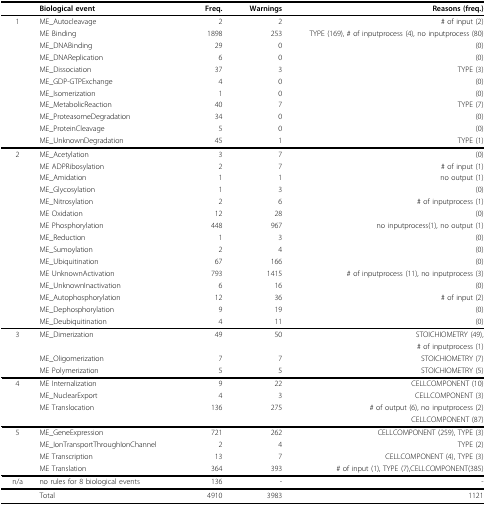
<table><thead><tr><td></td><td><b>Biological event</b></td><td><b>Freq.</b></td><td><b>Warnings</b></td><td><b>Reasons (freq.)</b></td></tr></thead><tbody><tr><td>1</td><td>ME_Autocleavage</td><td>2</td><td>2</td><td># of input (2)</td></tr><tr><td></td><td>ME Binding</td><td>1898</td><td>253</td><td>TYPE (169), # of inputprocess (4), no inputprocess (80)</td></tr><tr><td></td><td>ME_DNABinding</td><td>29</td><td>0</td><td>(0)</td></tr><tr><td></td><td>ME_DNAReplication</td><td>6</td><td>0</td><td>(0)</td></tr><tr><td></td><td>ME_Dissociation</td><td>37</td><td>3</td><td>TYPE (3)</td></tr><tr><td></td><td>ME_GDP-GTPExchange</td><td>4</td><td>0</td><td>(0)</td></tr><tr><td></td><td>ME_Isomerization</td><td>1</td><td>0</td><td>(0)</td></tr><tr><td></td><td>ME_MetabolicReaction</td><td>40</td><td>7</td><td>TYPE (7)</td></tr><tr><td></td><td>ME_ProteasomeDegradation</td><td>34</td><td>0</td><td>(0)</td></tr><tr><td></td><td>ME_ProteinCleavage</td><td>5</td><td>0</td><td>(0)</td></tr><tr><td></td><td>ME_UnknownDegradation</td><td>45</td><td>1</td><td>TYPE (1)</td></tr><tr><td>2</td><td>ME_Acetylation</td><td>3</td><td>7</td><td>(0)</td></tr><tr><td></td><td>ME ADPRibosylation</td><td>2</td><td>7</td><td># of input (1)</td></tr><tr><td></td><td>ME_Amidation</td><td>1</td><td>1</td><td>no output (1)</td></tr><tr><td></td><td>ME_Glycosylation</td><td>1</td><td>3</td><td>(0)</td></tr><tr><td></td><td>ME_Nitrosylation</td><td>2</td><td>6</td><td># of inputprocess (1)</td></tr><tr><td></td><td>ME Oxidation</td><td>12</td><td>28</td><td>(0)</td></tr><tr><td></td><td>ME Phosphorylation</td><td>448</td><td>967</td><td>no inputprocess(1), no output (1)</td></tr><tr><td></td><td>ME_Reduction</td><td>1</td><td>3</td><td>(0)</td></tr><tr><td></td><td>ME_Sumoylation</td><td>2</td><td>4</td><td>(0)</td></tr><tr><td></td><td>ME_Ubiquitination</td><td>67</td><td>166</td><td>(0)</td></tr><tr><td></td><td>ME UnknownActivation</td><td>793</td><td>1415</td><td># of inputprocess (11), no inputprocess (3)</td></tr><tr><td></td><td>ME_UnknownInactivation</td><td>6</td><td>16</td><td>(0)</td></tr><tr><td></td><td>ME_Autophosphorylation</td><td>12</td><td>36</td><td># of input (2)</td></tr><tr><td></td><td>ME_Dephosphorylation</td><td>9</td><td>19</td><td>(0)</td></tr><tr><td></td><td>ME_Deubiquitination</td><td>4</td><td>11</td><td>(0)</td></tr><tr><td>3</td><td>ME_Dimerization</td><td>49</td><td>50</td><td>STOICHIOMETRY (49),</td></tr><tr><td></td><td></td><td></td><td></td><td># of inputprocess (1)</td></tr><tr><td></td><td>ME_Oligomerization</td><td>7</td><td>7</td><td>STOICHIOMETRY (7)</td></tr><tr><td></td><td>ME Polymerization</td><td>5</td><td>5</td><td>STOICHIOMETRY (5)</td></tr><tr><td>4</td><td>ME Internalization</td><td>9</td><td>22</td><td>CELLCOMPONENT (10)</td></tr><tr><td></td><td>ME_NuclearExport</td><td>4</td><td>3</td><td>CELLCOMPONENT (3)</td></tr><tr><td></td><td>ME Translocation</td><td>136</td><td>275</td><td># of output (6), no inputprocess (2)</td></tr><tr><td></td><td></td><td></td><td></td><td>CELLCOMPONENT (87)</td></tr><tr><td>5</td><td>ME_GeneExpression</td><td>721</td><td>262</td><td>CELLCOMPONENT (259), TYPE (3)</td></tr><tr><td></td><td>ME_IonTransportThroughIonChannel</td><td>2</td><td>4</td><td>TYPE (2)</td></tr><tr><td></td><td>ME Transcription</td><td>13</td><td>7</td><td>CELLCOMPONENT (4), TYPE (3)</td></tr><tr><td></td><td>ME Translation</td><td>364</td><td>393</td><td># of input (1), TYPE (7),CELLCOMPONENT(385)</td></tr><tr><td>n/a</td><td>no rules for 8 biological events</td><td>136</td><td>-</td><td>-</td></tr><tr><td></td><td>Total</td><td>4910</td><td>3983</td><td>1121</td></tr></tbody></table>